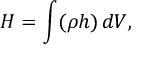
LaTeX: H = \int ( \rho h ) \, d V ,